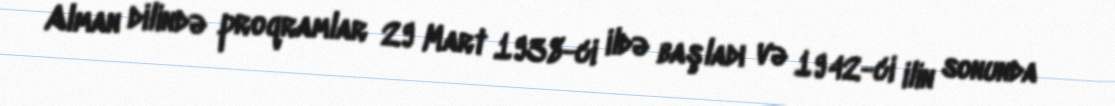
Alman dilində proqramlar 29 Mart 1938-ci ildə başladı və 1942-ci ilin sonunda